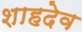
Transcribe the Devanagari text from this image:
शाहदेव